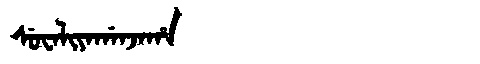
Manchu: ᠰᡠᠸᠠᠯᡳᠶᠠᡤᠠᠨᠵᠠᡥᠠ
Romanization: SUWALIYAGANJAHA